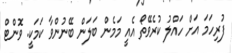
ފުރިހަމަ އަށް ހައްލު ކުރެވޭތޯ އެއީ މަމެން ބަލަން ބޭނުންވާ ކަމަކީ. ވޮންޓް